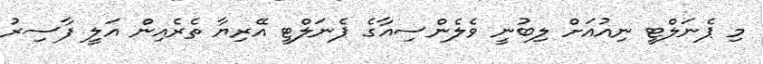
މި ޕެނަލްޓީ ނިއުއަށް ލިބުނީ ވެލެންސިއާގެ ޕެނަލްޓީ އޭރިޔާ ތެރެއިން އަލީ ފާސިރު